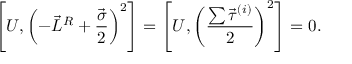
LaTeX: \left[ U , \left( - \vec { L } ^ { R } + \frac { \vec { \sigma } } { 2 } \right) ^ { 2 } \right] = \left[ U , \left( \frac { \sum \vec { \tau } ^ { ( i ) } } { 2 } \right) ^ { 2 } \right] = 0 .